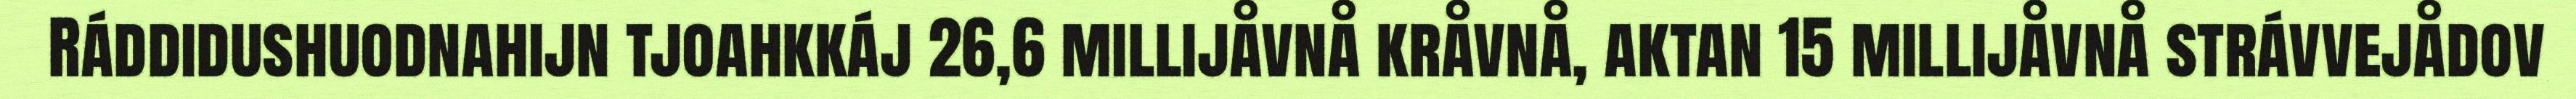
Ráddidushuodnahijn tjoahkkáj 26,6 millijåvnå kråvnå, aktan 15 millijåvnå strávvejådov